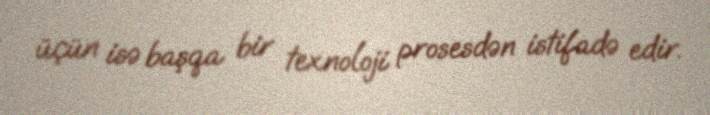
üçün isə başqa bir texnoloji prosesdən istifadə edir.